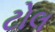
ટોલ